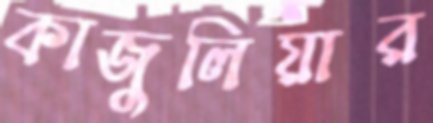
কাজুলিয়ার